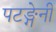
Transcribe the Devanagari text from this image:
पटङ्गेनी